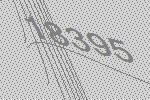
18395